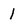
Character: l